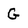
Character: G